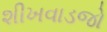
શીખવાડજો